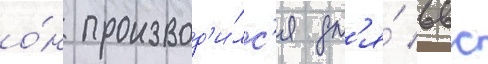
о́н производ'и́лс'я дл'я́ ввс